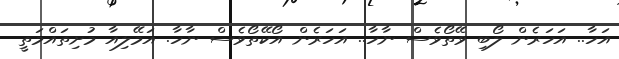
އަހާ.. އަހަރެން ލޯބި ވޭތޯވެސް ނާހާ.. އަހަރެން އޯކޭތޯވެސް ނާހާ. އަމޭލިއާ މުށިތައްމަތީ